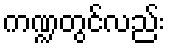
ကဏ္ဍတွင်လည်း